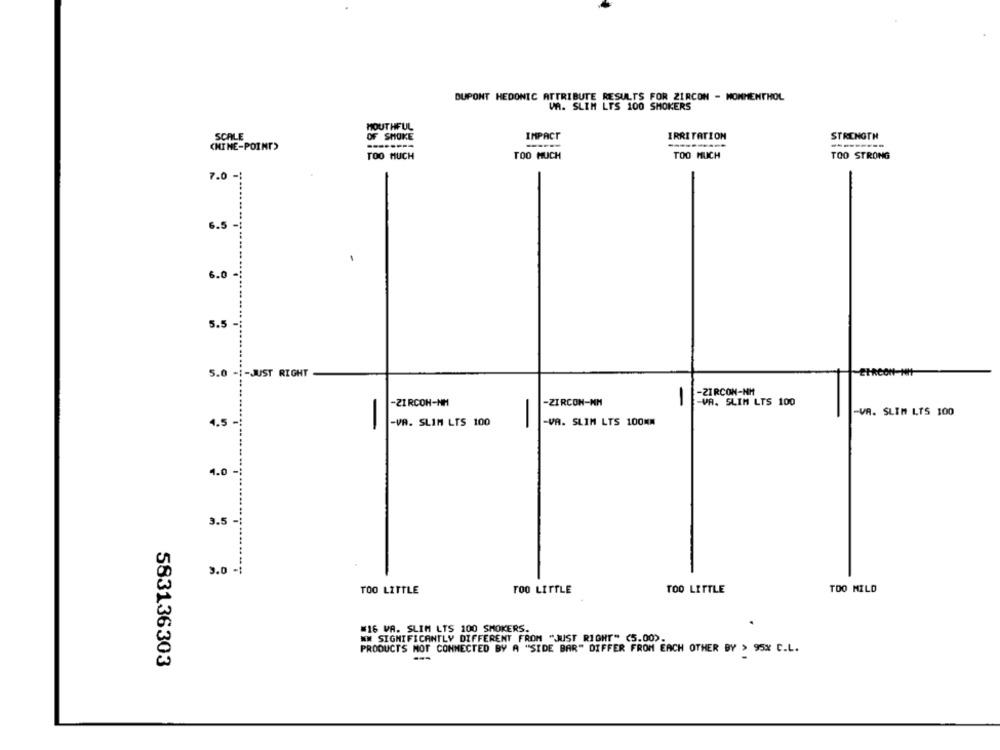
DUPONT HEDONIC ATTRIBUTE RESULTS FOR ZIRCON - HONMENTHOL
VA. SLIM LTS 100 SMOKERS
MOUTHFUL
SCALE
OF SMOKE
IMPACT
IRRITATION
STRENGTH
----------
(NINE-POINT)
--------
TOO MUCH
TOO MUCH
TOO MUCH
TOO STRONG
7.0 -
6.5
......
6.0 -
5.5 -
5.0 -1-JUST RIGHT
-ZIRCON-NH
-ZIRCON-NM
-ZIRCON-MM
-
-VA. SLIM LTS 100
-VA. SLIM LTS 100
4.5-
-VA. SLIM LTS 100KM
-VR. SLIN LTS 100
-
-
4.0 -
3.5
3.0 -1
TOO LITTLE
TOO LITTLE
TOO LITTLE
TOO MILD
#16 VA. SLIM LTS 100 SMOKERS.
WW SIGNIFICANTLY DIFFERENT FROM "JUST RIGHT" (5.00).
PRODUCTS NOT CONNECTED BY A "SIDE BAR" DIFFER FROM EACH OTHER BY > 95% C.L.
583136303